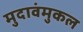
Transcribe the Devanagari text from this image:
मुदावंमुकल